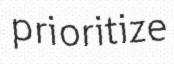
prioritize